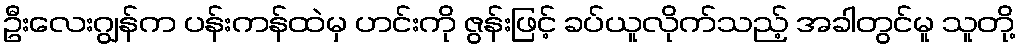
ဦးလေးဂျွန်က ပန်းကန်ထဲမှ ဟင်းကို ဇွန်းဖြင့် ခပ်ယူလိုက်သည့် အခါတွင်မူ သူတို့